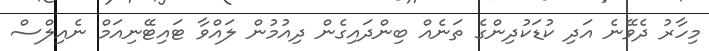
މިހާރު ދެވޭނެ އަދި ކުޑަކުދިންގެ ތަނެއް ބިންދައިގެން ދިއުމުން ލައްވާ ޓައިޓޭނިއަމް ނެއިލްސް